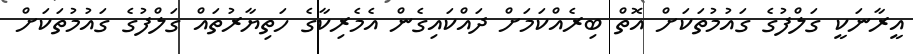
އީރާނަކީ ގަލްފުގެ ގައުމުތަކަށް އޮތް ބިރެއްކަމަށް ދައްކައިގެން އެމެރިކާގެ ހަތިޔާރުތައް ގަލްފުގެ ގައުމުތަކަށް